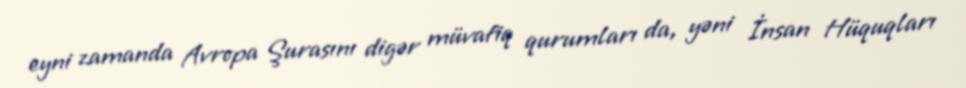
eyni zamanda Avropa Şurasını digər müvafiq qurumları da, yəni İnsan Hüquqları